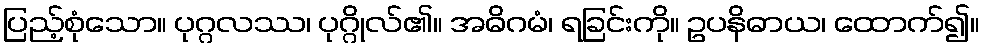
ပြည့်စုံသော။ ပုဂ္ဂလဿ၊ ပုဂ္ဂိုလ်၏။ အဓိဂမံ၊ ရခြင်းကို။ ဥပနိဓာယ၊ ထောက်၍။